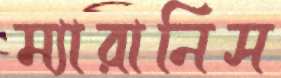
ম্যারানিস